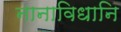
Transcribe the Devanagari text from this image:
नानाविधानि